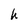
Character: h